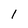
Character: 1